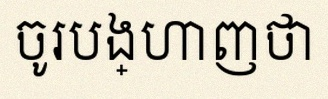
ចូរបង្ហាញថា